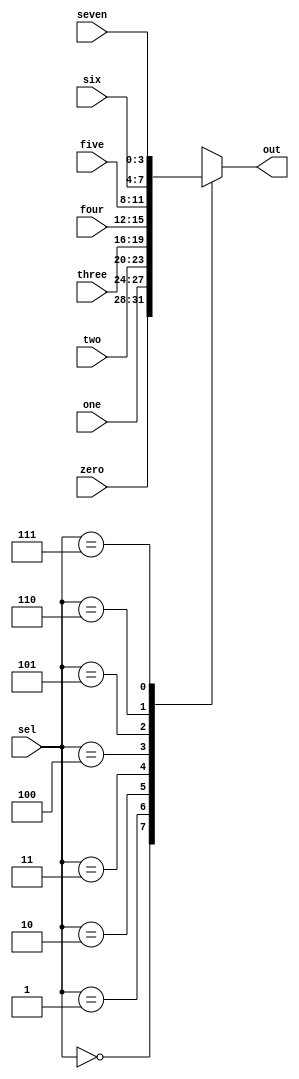
//////////////////////////////////////////////////////////////////////////////////
// Company: 
// 
// Design Name: 
// Module Name: datamux
// Project Name: proto_sort
// Target Devices: 
// Tool Versions: 
// Description: 
// 
// Dependencies: 
// 
// Revision:
// Revision 0.01 - File Created
// Additional Comments:
// 
//////////////////////////////////////////////////////////////////////////////////


module datamux(
	input [3:0] zero, one, two, three, four, five, six, seven,
	input [2:0] sel,
	output reg [3:0] out

    );

always@(*) begin
	case (sel)
		3'b000: out=zero;
		3'b001: out=one;
		3'b010: out=two;
		3'b011: out=three;
		3'b100: out=four;
		3'b101: out=five;
		3'b110: out=six;
		3'b111: out=seven;
	endcase
end

endmodule